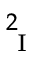
^ 2 _ { \mathrm { ~ I ~ } }